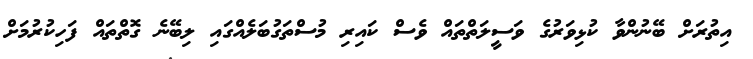
އިތުރަށް ބޭނުންވާ ކުޅިވަރުގެ ވަސީލަތްތައް ވެސް ކައިރި މުސްތަގުބަލެއްގައި ލިބޭނެ ގޮތްތައް ފަހިކުރުމަށް